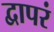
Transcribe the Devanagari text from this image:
द्वापरं